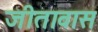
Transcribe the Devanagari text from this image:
जीतावास